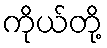
ကိုယ်တို့